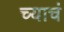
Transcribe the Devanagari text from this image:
च्याचं